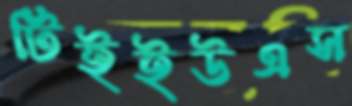
টিইইউএস